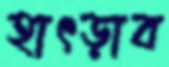
হাৎড়াব